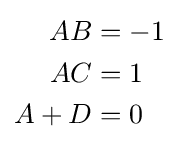
{\begin{aligned}AB&=-1\\AC&=1\\A+D&=0\end{aligned}}